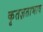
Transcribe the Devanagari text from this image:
कृतज्ञताभाव